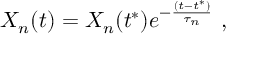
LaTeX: X _ { n } ( t ) = X _ { n } ( t ^ { * } ) e ^ { - \frac { ( t - t ^ { * } ) } { \tau _ { n } } } ~ ,